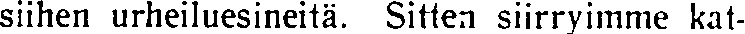
siihen urheiluesineitä. Sitten siirryimme kat-